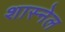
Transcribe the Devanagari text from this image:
शास्नेल